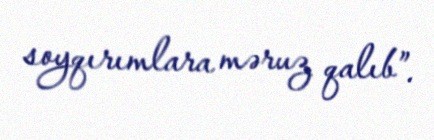
soyqırımlara məruz qalıb”.